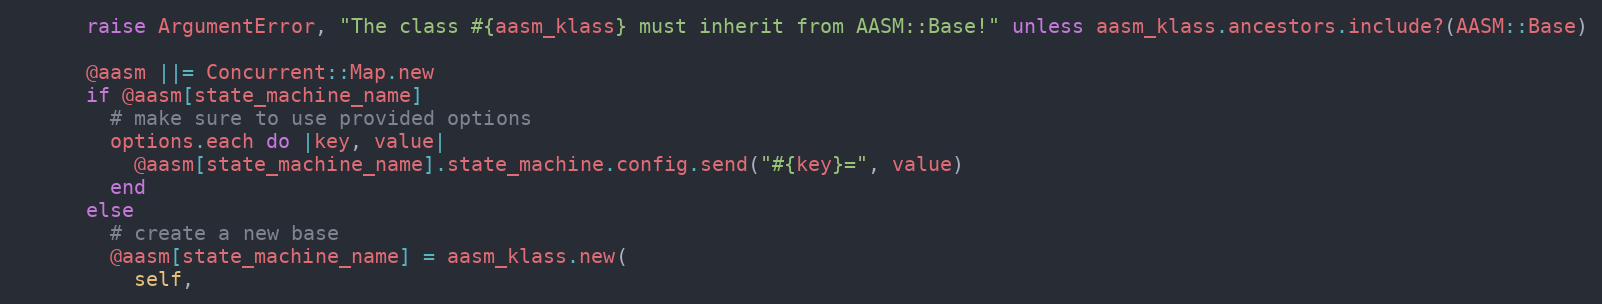
Language: Ruby
      raise ArgumentError, "The class #{aasm_klass} must inherit from AASM::Base!" unless aasm_klass.ancestors.include?(AASM::Base)

      @aasm ||= Concurrent::Map.new
      if @aasm[state_machine_name]
        # make sure to use provided options
        options.each do |key, value|
          @aasm[state_machine_name].state_machine.config.send("#{key}=", value)
        end
      else
        # create a new base
        @aasm[state_machine_name] = aasm_klass.new(
          self,